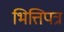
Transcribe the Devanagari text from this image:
भित्तिपत्र